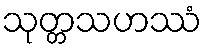
သုတ္တသဟဿံ